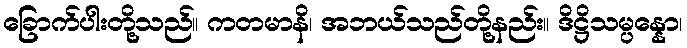
ခြောက်ပါးတို့သည်။ ကတမာနိ၊ အဘယ်သည်တို့နည်း။ ဒိဋ္ဌိသမ္ပန္နော၊